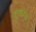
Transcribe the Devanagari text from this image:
ह्युबरना